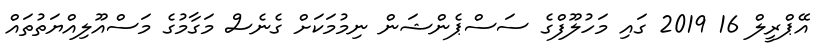
އޭޕްރީލް 16 2019 ގައި މަހުލޫފްގެ ސަސްޕެންޝަން ނިމުމަކަށް ގެނެސް މަގާމުގެ މަސްއޫލިއްޔަތުތައް